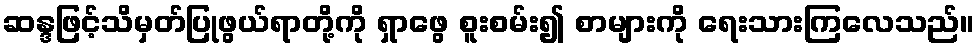
ဆန္ဒဖြင့်သိမှတ်ပြုဖွယ်ရာတို့ကို ရှာဖွေ စူးစမ်း၍ စာများကို ရေးသားကြလေသည်။